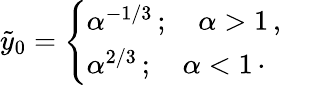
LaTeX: \begin{array}{r}{\tilde{y}_{0}=\left\{ \begin{array}{ll}{\alpha^{-1/3}\, ;\quad\alpha>1\, ,}&{}\\ {\alpha^{2/3}\, ;\quad\alpha<1\, \cdot}\end{array}\right.}\end{array}